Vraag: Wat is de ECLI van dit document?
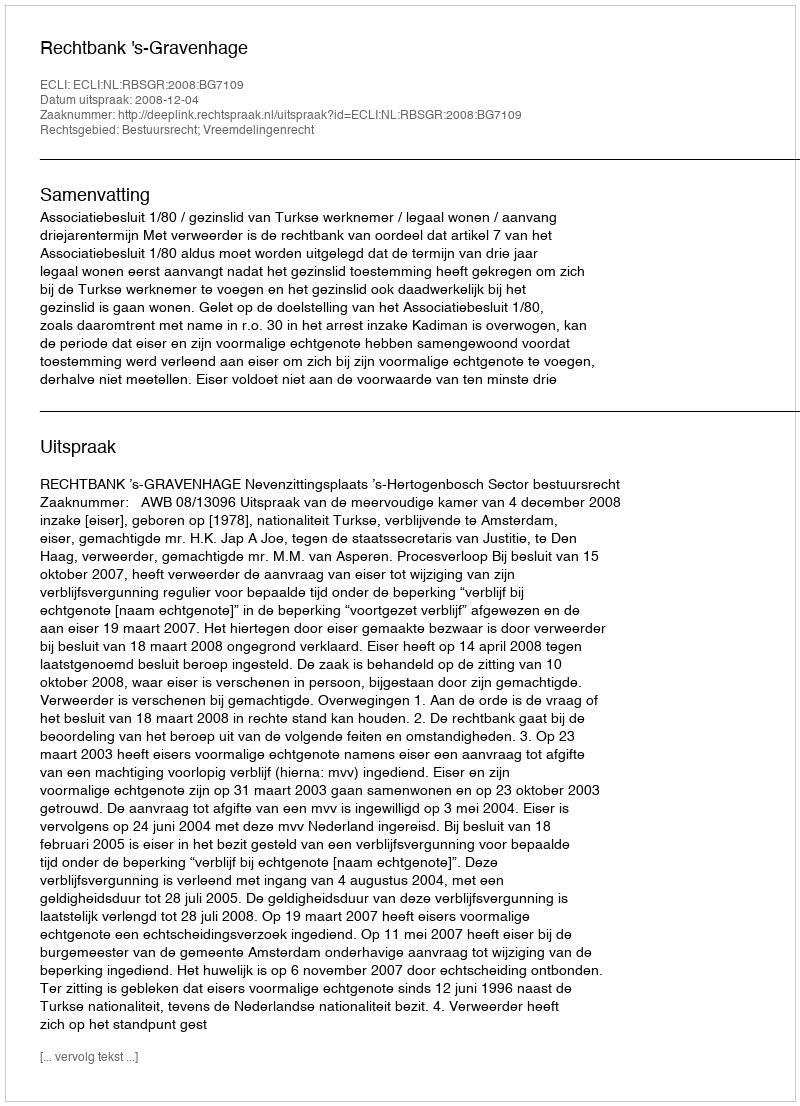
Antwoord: ECLI:NL:RBSGR:2008:BG7109